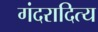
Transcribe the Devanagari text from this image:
गंदरादित्य